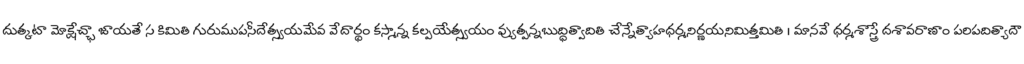
దుత్కటా మోక్షేచ్ఛా జాయతే స కిమితి గురుముపసీదేత్స్వయమేవ వేదార్థం కస్మాన్న కల్పయేత్స్వయం వ్యుత్పన్నబుద్ధిత్వాదితి చేన్నేత్యాహధర్మనిర్ణయనిమిత్తమితి । మానవే ధర్మశాస్త్రే దశావరాణాం పరిపదిత్యాదౌ